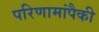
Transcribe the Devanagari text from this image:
परिणामांपैकी